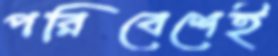
পরিবেশেই